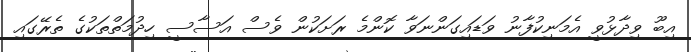
އިބޫ ވިދާޅުވީ އެމަނިކުފާނު ވަޑައިގަންނަވާ ކޮންމެ ރަށަކުން ވެސް އަސާސީ ހިދުމަތްތަކުގެ ތެރޭގައި